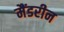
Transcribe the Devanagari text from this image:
मैंडरीन